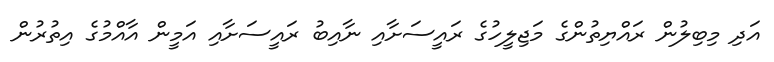
އަދި މިބިލުން ރައްޔިތުންގެ މަޖިލީހުގެ ރައީސަށާއި ނާއިބު ރައީސަށާއި އަމީން އާއްމުގެ އިތުރުން